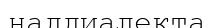
наддиалекта